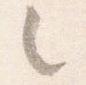
之